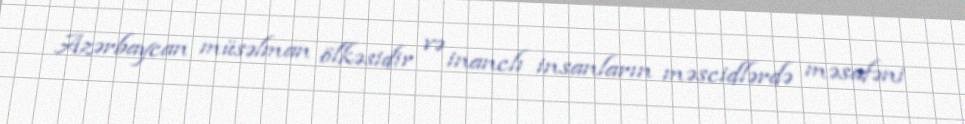
Azərbaycan müsəlman ölkəsidir və inanclı insanların məscidlərdə məsafəni